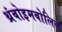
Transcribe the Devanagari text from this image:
थ्रंबोइमबोलिक